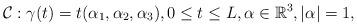
LaTeX: \begin{align*}\mathcal{C}: \gamma(t)=t(\alpha_1,\alpha_2,\alpha_3),0\leq t\leq L, \alpha\in\mathbb{R}^3, |\alpha|=1,\end{align*}